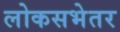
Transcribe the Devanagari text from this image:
लोकसभेतर